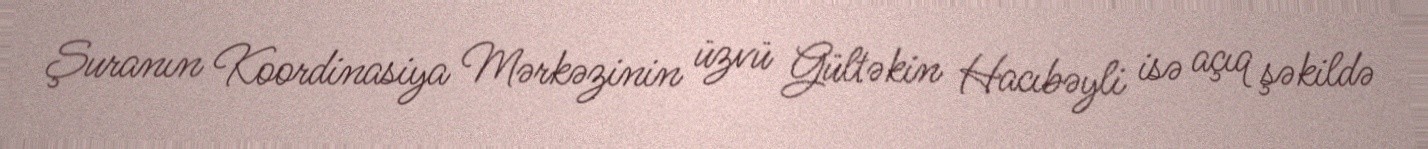
Şuranın Koordinasiya Mərkəzinin üzvü Gültəkin Hacıbəyli isə açıq şəkildə